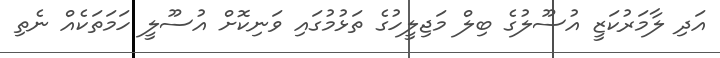
އަދި ލާމަރުކަޒީ އުސޫލުގެ ބިލް މަޖިލީހުގެ ތަޅުމުގައި ވަނިކޮށް އުސޫލީ ހަމަތަކެއް ނެތި